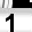
Digit: 1